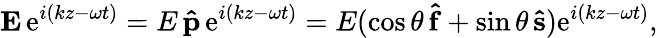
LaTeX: \mathbf{E}\, \mathrm{e}^{i(kz-\omega t)}=E\, \mathbf{\hat{p}}\, \mathrm{e}^{i(kz-\omega t)}=E(\cos\theta\, \mathbf{\hat{f}}+\sin\theta\, \mathbf{\hat{s}})\mathrm{e}^{i(kz-\omega t)},